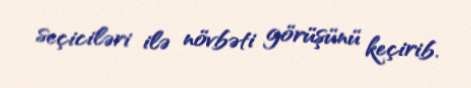
seçiciləri ilə növbəti görüşünü keçirib.